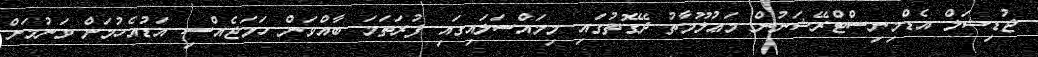
ޖުޑިޝަލް އެޑްމިނިސްޓްރޭޝަނުން މަޢުލޫމާތު ދޭގޮތުގައި މިމައްސަލައިގައި ފުރަތަމަ ބާއްވަން ހަމަޖެއްސި އަޑުއެހުމަށް ވަނުމަށް